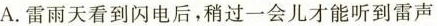
A.雷雨天看到闪电后，稍过一会儿才能听到雷声